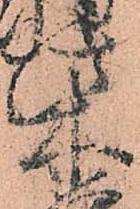
柴